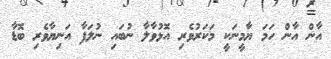
އާން އާން ހަމަ ޔާމީނަކީ މަކަރުވެރި އޮޅުވާލާ ނުބައި ނުލަފާ އަނިޔާވެރި ބޮޑާ